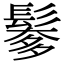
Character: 𩮅